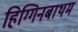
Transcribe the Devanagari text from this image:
हिग्गिनबाथम